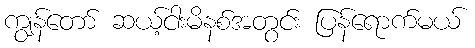
ကျွန်တော် ဆယ့်ငါးမိနစ်အတွင်း ပြန်ရောက်မယ်